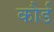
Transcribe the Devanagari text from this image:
कौर्ड